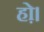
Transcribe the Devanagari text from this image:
हो़।